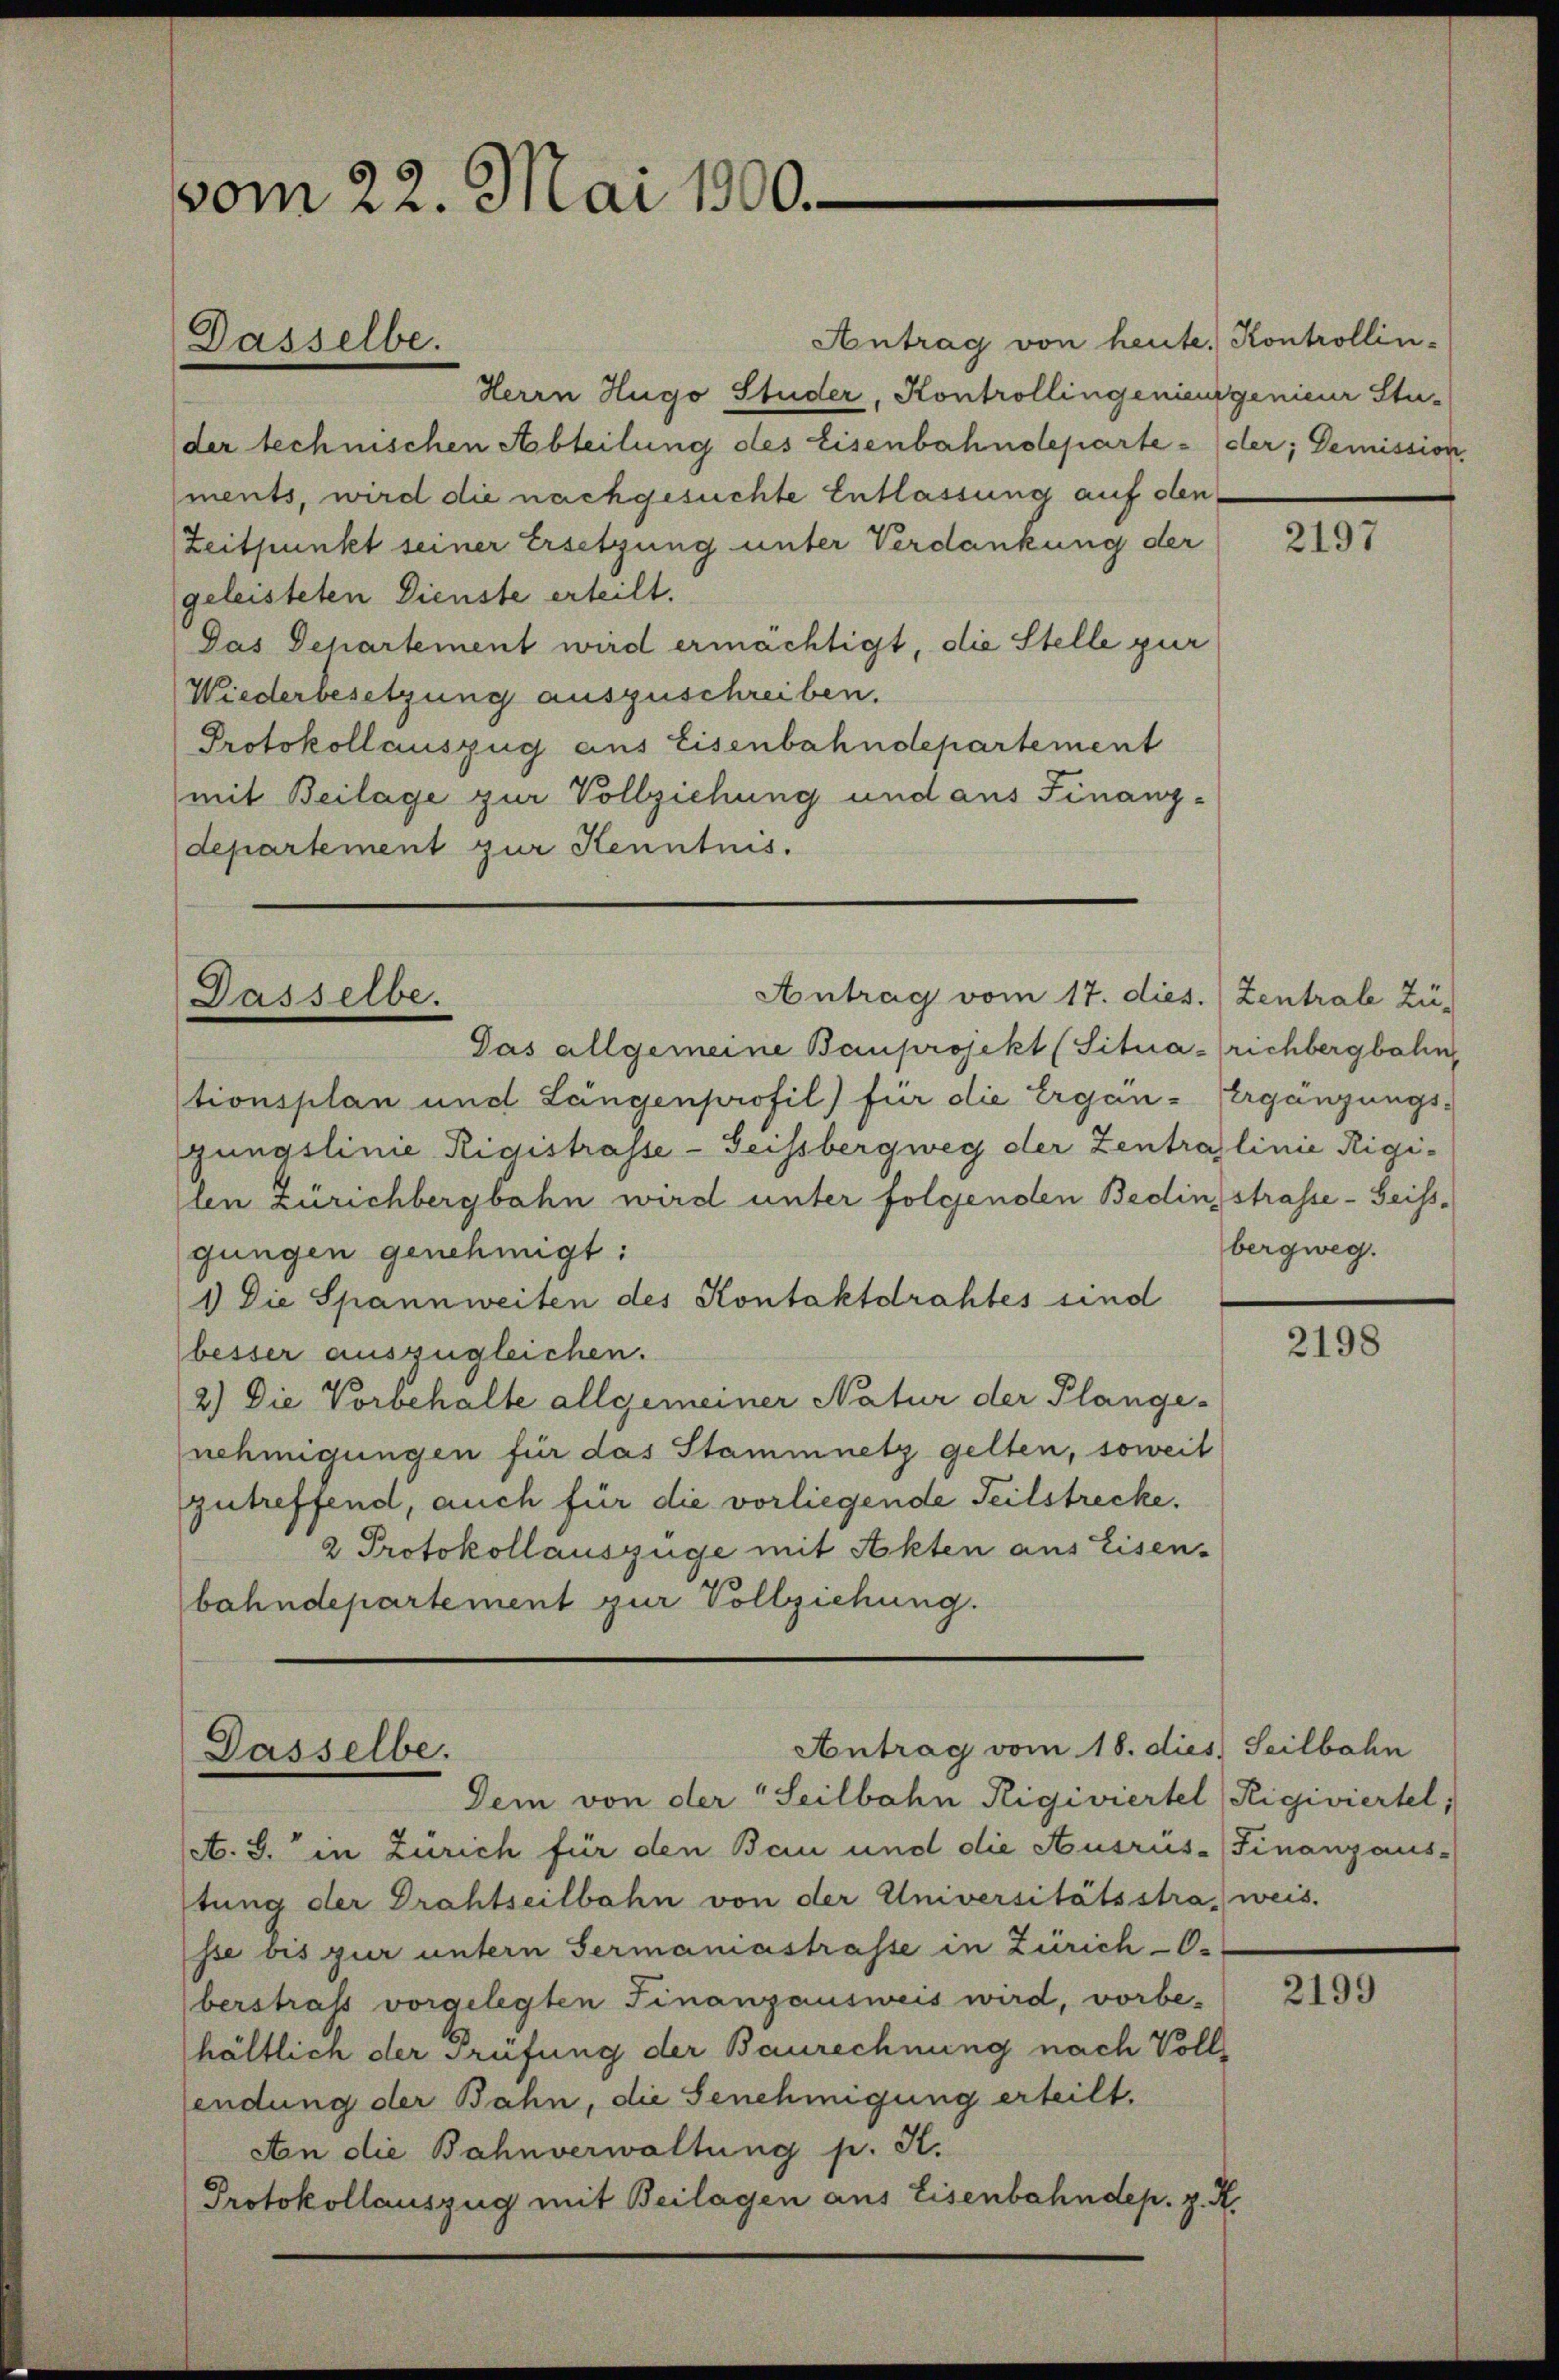
vom 22. Mai 1900.

Antrag von heute. Kontrollin¬
Herrn Hugo Studer, Kontrollingenieur genieur Studer technischen Abteilung des Eisenbahndeparte - der; Demission
ments, wird die nachgesuchte Entlassung auf den¬
Zeitpunkt seiner Ersetzung unter Verdankung der
geleisteten Dienste erteilt.
Das Departement wird ermächtigt, die Stelle zur
Wiederbesetzung auszuschreiben.
Protokollauszug aus Eisenbahndepartement
mit Beilage zur Vollziehung und aus Finanz-
departement zur Kenntnis.

Dasselbe.

Dasselbe.

Antrag vom 17. dies. Zentrale Zu-

Antrag vom 18. dies Seilbahn
Dasselbe.

Das allgemeine Bauprojekt (Situa-richbergbahn,
tionsplan und Längenprofil) für die Ergän-Ergänzungs-
gungslinie Rigistrasse - Geissbergweg der Zentraglinie Rigi-
llen Zürichbergbahn wird unter folgenden Bedingstrasse - Geissgungen genehmigt:
1) Die Spannweiten des Kontaktdrahtes sind
besser auszugleichen.
2) Die Vorbehalte allgemeiner Natur der Plange-
nehmigungen für das Stammnetz gelten, soweit
zutreffend, auch für die vorliegende Teilstrecke.
2 Protokollauszüge mit Akten aus Eisen-
bahndepartement zur Vollziehung.

Dem von der Seilbahn Rigiviertel (Rigiviertel,
A. S. in Zürich für den Bau und die Ausrüs-Finanzaus-
stung der Drahtseilbahn von der Universitätsstra, weis.
sse bis zur untern Sermaniastrasse in Zürich-O.
berstrafs vorgelegten Finanzausweis wird, vorbe-
hältlich der Prüfung der Baurechnung nach Vollendung der Bahn, die Genehmigung erteilt.
An die Bahnverwaltung p. K.
Protokollauszug mit Beilagen aus Eisenbahndep. z. R.

2197

bergweg.

2198

2199